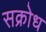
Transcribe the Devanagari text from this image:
सक्रोध